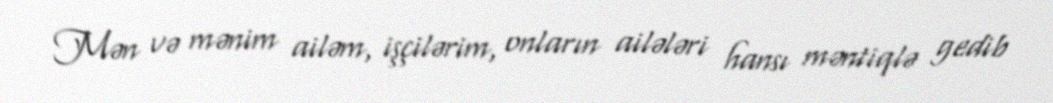
Mən və mənim ailəm, işçilərim, onların ailələri hansı məntiqlə gedib